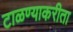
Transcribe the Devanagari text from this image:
टाळण्याकरीता